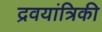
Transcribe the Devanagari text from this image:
द्रवयांत्रिकी